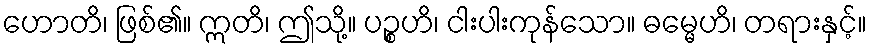
ဟောတိ၊ ဖြစ်၏။ ဣတိ၊ ဤသို့။ ပဉ္စဟိ၊ ငါးပါးကုန်သော။ ဓမ္မေဟိ၊ တရားနှင့်။